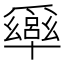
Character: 𠧎